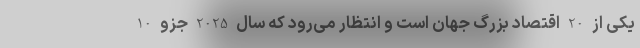
یکی از 20 اقتصاد بزرگ جهان است و انتظار می‌رود که سال 2025 جزو 10